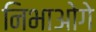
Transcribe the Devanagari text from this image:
निभाओगे